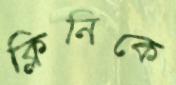
ক্লিনিকে